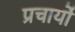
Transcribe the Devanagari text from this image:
प्रचार्यो